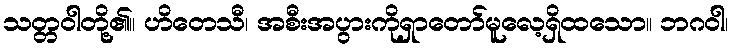
သတ္တဝါတို့၏။ ဟိတေသီ၊ အစီးအပွားကိုရှာတော်မူလေ့ရှိထသော။ ဘဂဝါ၊